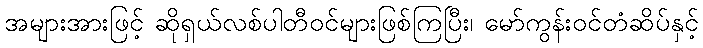
အများအားဖြင့် ဆိုရှယ်လစ်ပါတီဝင်များဖြစ်ကြပြီး၊ မော်ကွန်းဝင်တံဆိပ်နှင့်